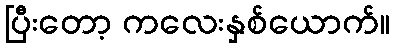
ပြီးတော့ ကလေးနှစ်ယောက်။